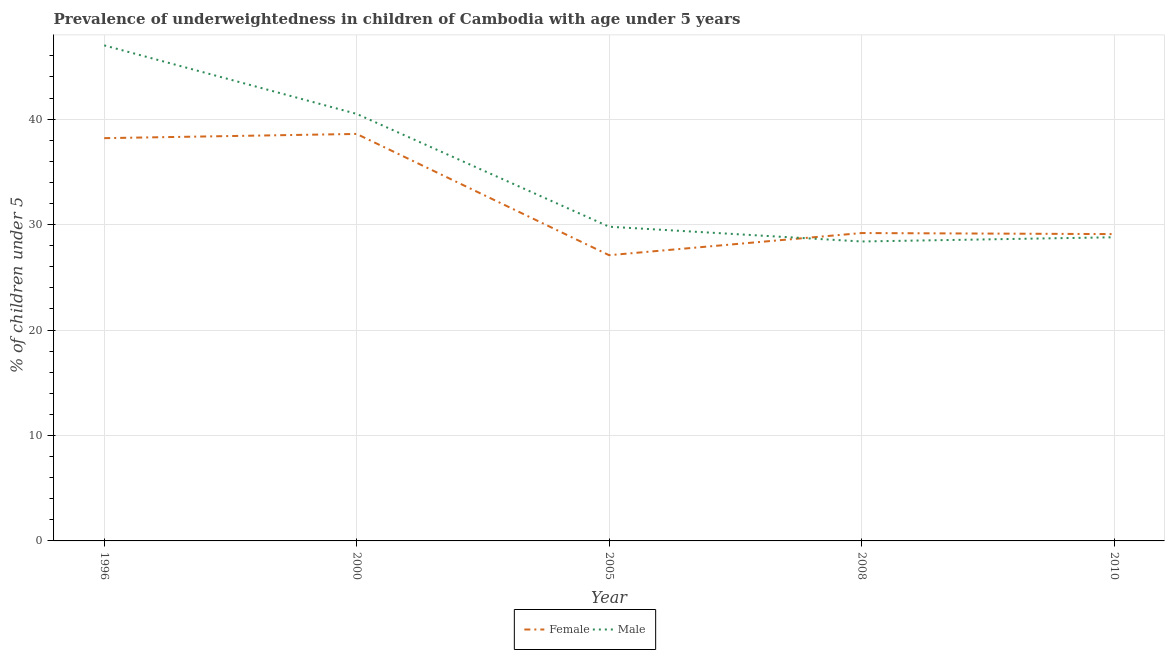
| Year | Female | Male |
 | --- | --- | --- |
 | 1996 | 38.2 | 47 |
 | 2000 | 38.6 | 40.5 |
 | 2005 | 27.1 | 29.8 |
 | 2008 | 29.2 | 28.4 |
 | 2010 | 29.1 | 28.8 |